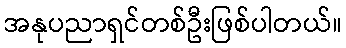
အနုပညာရှင်တစ်ဦးဖြစ်ပါတယ်။